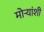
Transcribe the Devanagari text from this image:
मोर्‍यांशी